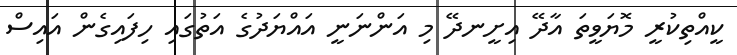
ކީއްތިކުރީ މޮޔަވީތަ އާދޭ އިށީނދޭ މި އަންނަނީ އައްޔަދުގެ އަތުގައި ހިފައިގެން އައިސް